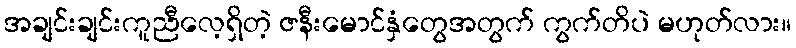
အချင်းချင်းကူညီလေ့ရှိတဲ့ ဇနီးမောင်နှံတွေအတွက် ကွက်တိပဲ မဟုတ်လား။